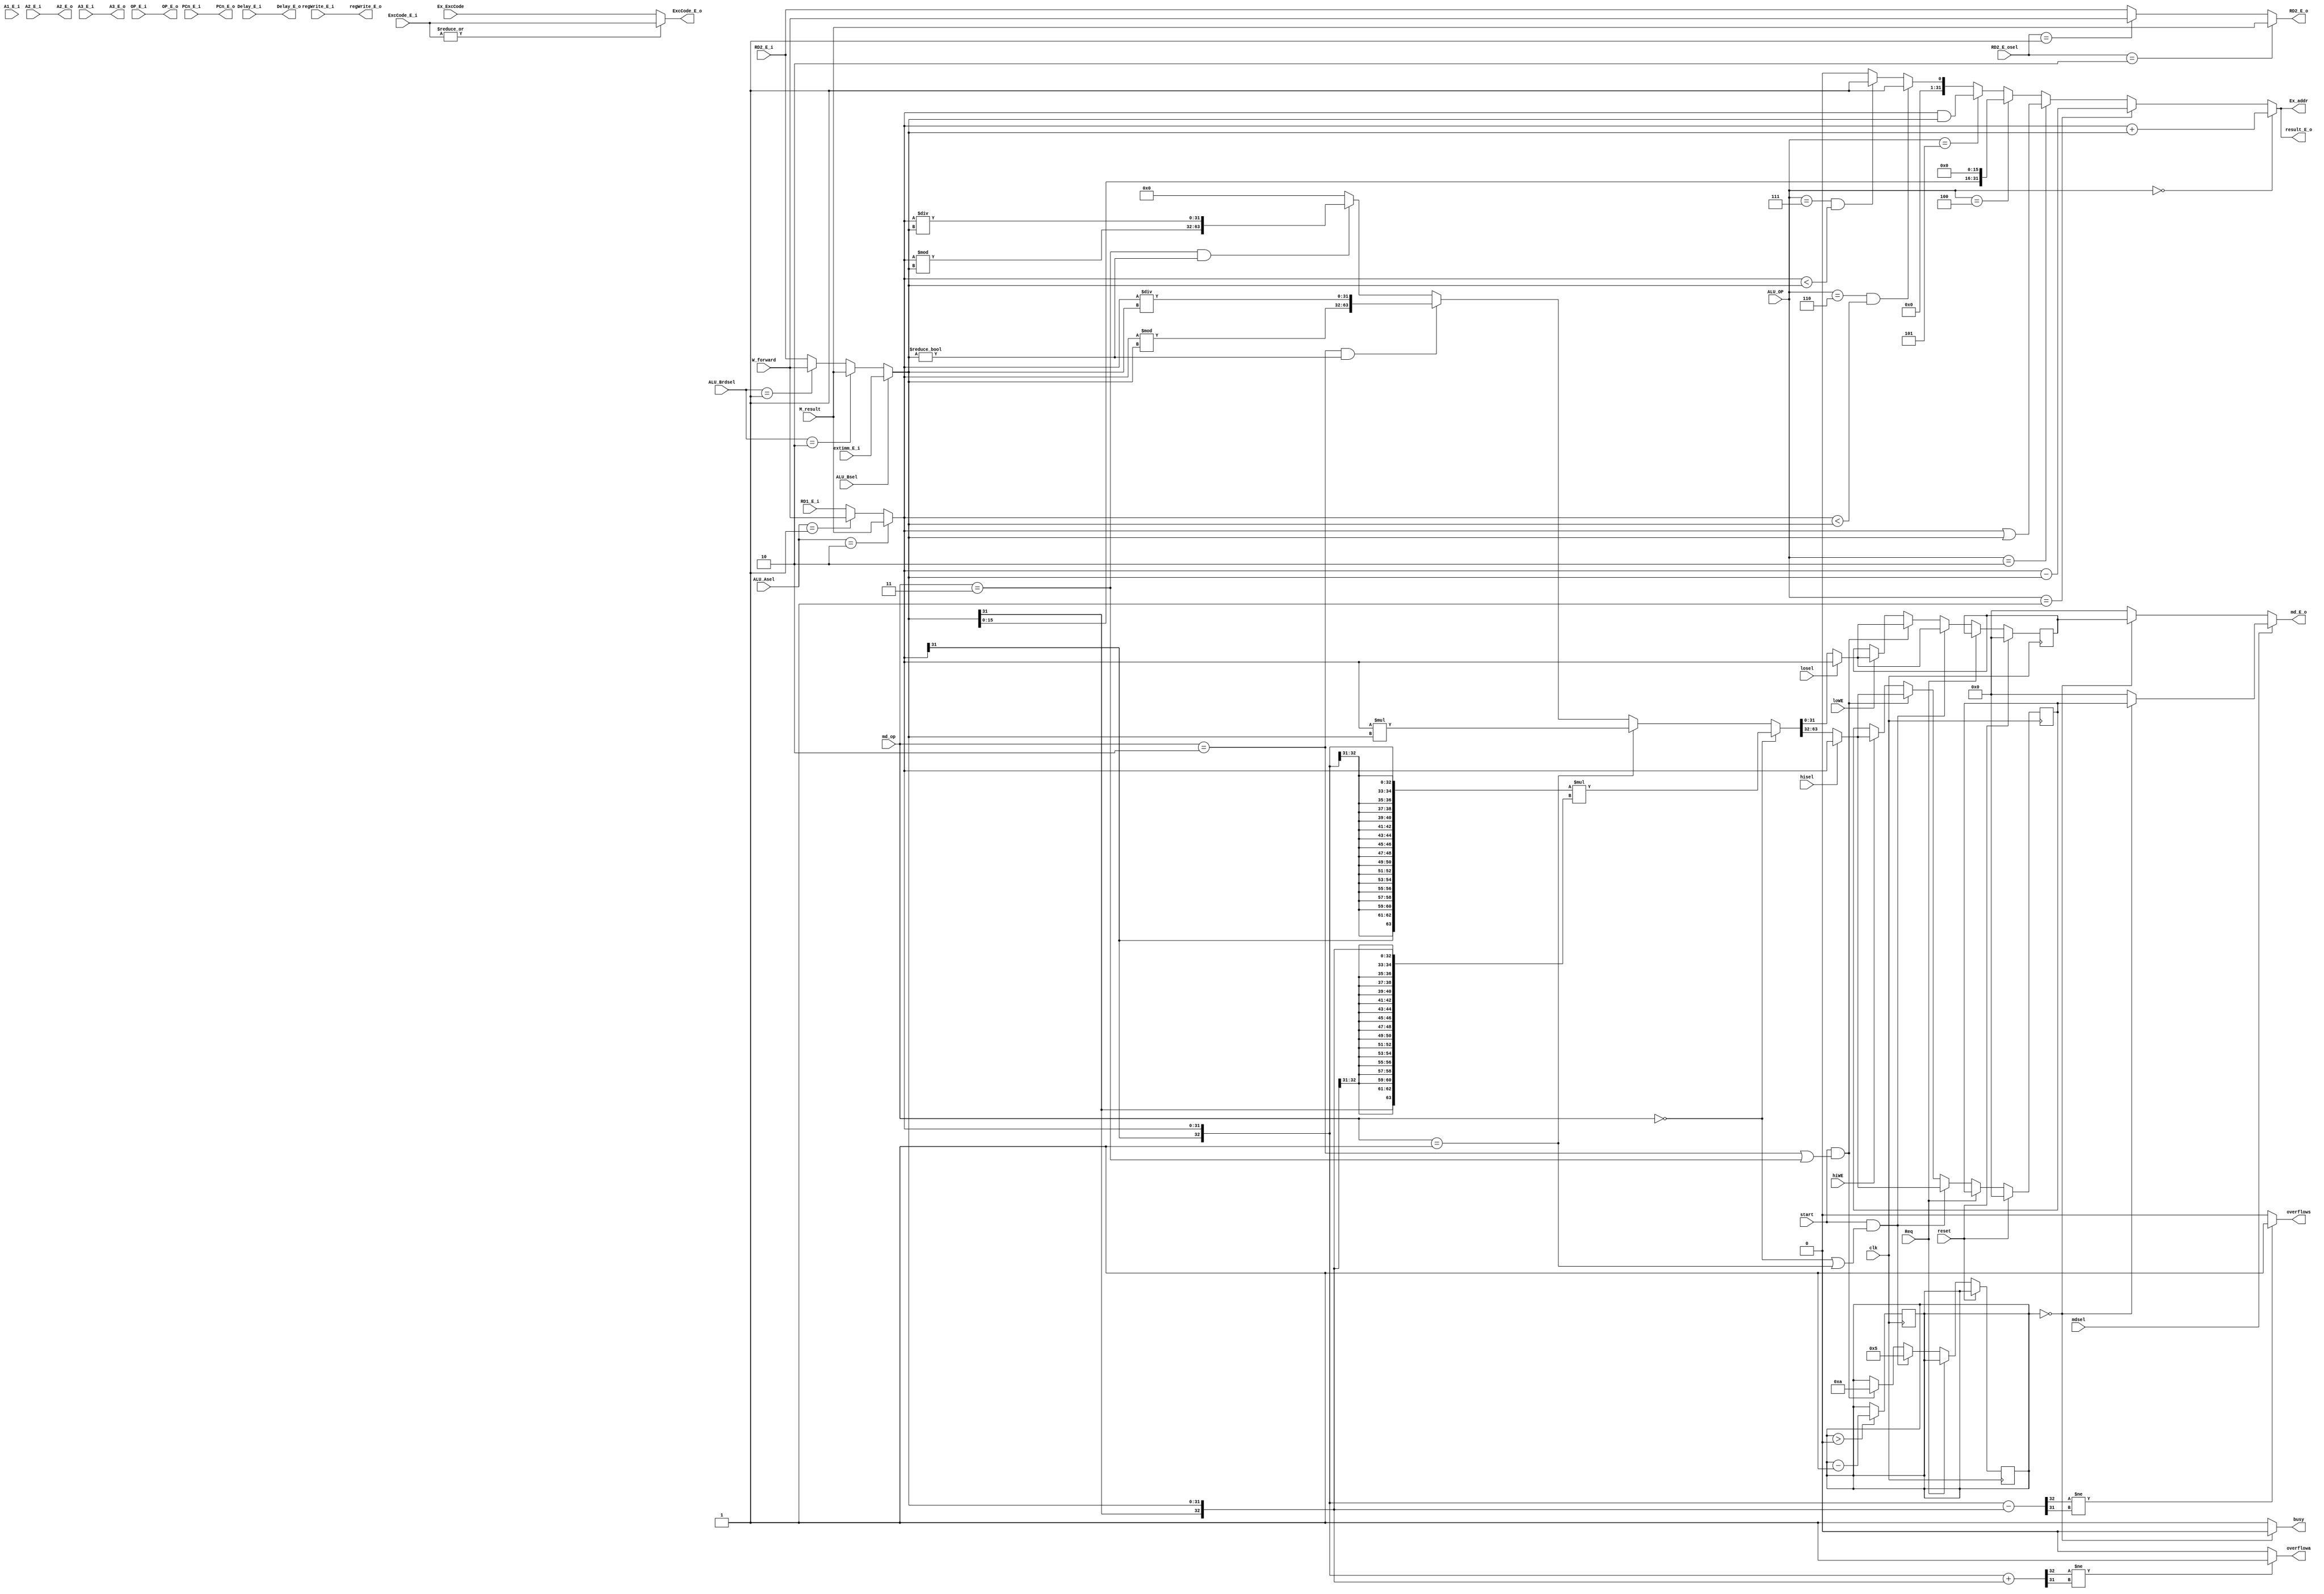
`timescale 1ns / 1ps
//////////////////////////////////////////////////////////////////////////////////
// Company: 
// Engineer: 
// 
// Design Name: 
// Module Name:    Execute 
// Project Name: 
// Target Devices: 
// Tool versions: 
// Description: 
//
// Dependencies: 
//
// Revision: 
// Revision 0.01 - File Created
// Additional Comments: 
//
//////////////////////////////////////////////////////////////////////////////////
module Execute(
    input clk,
	 input reset,
	 input Req,
//pipline
    input Delay_E_i,
	 input [4:0] ExcCode_E_i,
    input [4:0] A1_E_i,
    input [4:0] A2_E_i,
    input [31:0] RD1_E_i,
    input [31:0] RD2_E_i,
    input [31:0] PCn_E_i,
    input [31:0] extimm_E_i,
    input regWrite_E_i,
    input [4:0] A3_E_i,
	 input [31:0] OP_E_i,
//Controller
    input [4:0] Ex_ExcCode,
    input [3:0] ALU_OP,
	 input ALU_Bsel,
//forward
    input [1:0] ALU_Asel,
	 input [1:0] ALU_Brdsel,
	 input [31:0] M_result,
	 input [31:0] W_forward,
	 input [1:0] RD2_E_osel,//
//MD
    input [2:0] md_op,
	 input start,
	 input mdsel,
	 input losel,
	 input loWE,
	 input hisel,
	 input hiWE,
//output
    //give Controller
	 output overflowa,
	 output overflows,
	 output [31:0] Ex_addr,
    //MD
    output busy,
	 output [31:0] md_E_o,
	 //
	 output Delay_E_o,
	 output [4:0] ExcCode_E_o,
    output [31:0] result_E_o,
	 output [4:0] A2_E_o,
	 output [31:0] RD2_E_o,
	 output [31:0] PCn_E_o,
	 output regWrite_E_o,
	 output [4:0] A3_E_o,
	 output [31:0] OP_E_o
    );
	 wire [31:0] A,B,Brd;
//selsect A
assign A=(ALU_Asel==2'b10)?M_result:
         (ALU_Asel==2'b01)?W_forward:RD1_E_i;
//select B
assign Brd=(ALU_Brdsel==2'b10)?M_result:
           (ALU_Brdsel==2'b01)?W_forward:RD2_E_i;
assign B=(ALU_Bsel==0)?Brd:extimm_E_i;
//ALU
assign result_E_o=(ALU_OP==4'b0000)? A+B:
                  (ALU_OP==4'b0001)? A-B:
				      (ALU_OP==4'b0010)? A|B:
				      (ALU_OP==4'b0100)? B<<16:
						(ALU_OP==4'b0101)? A&B:
						(ALU_OP==4'b0110 && $signed(A)<$signed(B))?1:
						(ALU_OP==4'b0111 && A<B)?1:0;
//MD
wire [63:0] prod;
wire [31:0] loin,hiin,loout,hiout;
reg [31:0] LO,HI;
reg [3:0] count;
initial begin
     count<=0;
	  LO<=0;
	  HI<=0;
end
assign prod=(md_op==3'b000)?$signed({{32{A[31]}},A[31:0]}*{{32{B[31]}},B[31:0]}):
            (md_op==3'b001)?A*B:
				(md_op==3'b010 && B!=0)?{$signed($signed(A)%$signed(B)),$signed($signed(A)/$signed(B))}:
				(md_op==3'b011 && B!=0)?{A%B,A/B}:0;
assign loin=(losel==1)?A:prod[31:0];
assign hiin=(hisel==1)?A:prod[63:32];
assign busy=(count==0)?0:1;
always @(posedge clk)begin
      if(count>0) count<=count-1;
end
always @(posedge clk) begin
      if(reset) LO<=0;
		else if(Req) LO<=LO;
		else if(start && (md_op==3'b000 || md_op==3'b001)) begin
		     LO<=loin;
			  count<=4'd5;
		end
		else if(start && (md_op==3'b010 || md_op==3'b011)) begin
		     LO<=loin;
			  count<=4'd10;
		end
		else if(loWE) begin
		     LO<=loin;
		end
end	
always @(posedge clk)begin
      if(reset) HI<=0;
		else if(Req) HI<=HI;
		else if(start && (md_op==3'b000 || md_op==3'b001)) begin
		     HI<=hiin;
			  count<=4'd5;
		end
		else if(start && (md_op==3'b010 || md_op==3'b011)) begin
		     HI<=hiin;
			  count<=4'd10;
		end
		else if(hiWE) begin
		     HI<=hiin;
		end
end	
assign loout=(busy)?0:LO;
assign hiout=(busy)?0:HI;
assign md_E_o=(mdsel)?hiout:loout;		
//pipline
assign A2_E_o=A2_E_i;
assign RD2_E_o=(RD2_E_osel==2'b10)?M_result:
               (RD2_E_osel==2'b01)?W_forward:RD2_E_i;
assign PCn_E_o=PCn_E_i;
assign regWrite_E_o=regWrite_E_i;
assign A3_E_o=A3_E_i;
assign OP_E_o=OP_E_i;
assign Delay_E_o=Delay_E_i;
assign ExcCode_E_o=(|ExcCode_E_i)? ExcCode_E_i:Ex_ExcCode;
//judge ExcCode
assign Ex_addr=result_E_o;
wire [32:0] tempa,temps;
assign tempa={A[31],A}+{B[31],B};
assign temps={A[31],A}-{B[31],B};
assign overflowa=(tempa[32]!=tempa[31])? 1:0;
assign overflows=(temps[32]!=temps[31])? 1:0;
endmodule